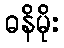
ဓနိမိုး